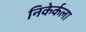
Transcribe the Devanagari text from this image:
निकेर्कला